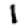
Digit: 1